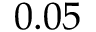
0 . 0 5